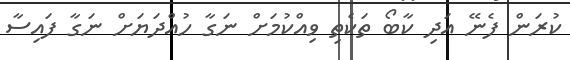
ކުރަން ފެނޭ އަދި ކާބޯ ތަކެތި ވިއްކުމަށް ނަގާ ހުއްދަޔަށް ނަގާ ފައިސާ